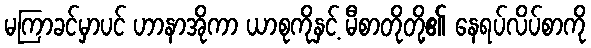
မကြာခင်မှာပင် ဟာနာအိုကာ ယာစုကိုနှင့် မီစာတိုတို့၏ နေရပ်လိပ်စာကို